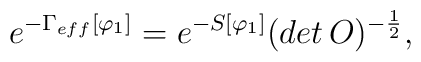
e^{-\Gamma_{eff}[\varphi_{1}]}=e^{-S[\varphi_{1}]}(det\,O)^{-\frac{1}{2}},